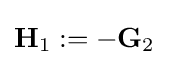
\mathbf {H} _{1}:=-\mathbf {G} _{2}